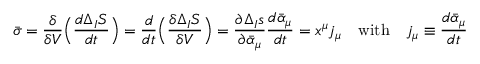
{ \bar { \sigma } } = \frac { \delta } { \delta V } \Bigl ( \frac { d \Delta _ { I } S } { d t } \Bigr ) = \frac { d } { d t } \Bigl ( \frac { \delta \Delta _ { I } S } { \delta V } \Bigr ) = \frac { \partial \Delta _ { I } s } { \partial { \bar { \alpha } } _ { \mu } } \frac { d { \bar { \alpha } } _ { \mu } } { d t } = x ^ { \mu } j _ { \mu } \quad \mathrm { w i t h } \quad j _ { \mu } \equiv \frac { d { \bar { \alpha } } _ { \mu } } { d t }